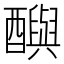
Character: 𨣦